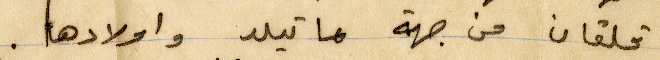
قلقان من جهة ماتيلد وأولادها